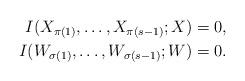
LaTeX: \begin{align*} I(X_{\pi(1)},\ldots,X_{\pi(s-1)};X) = 0,\\ I(W_{\sigma(1)},\ldots,W_{\sigma(s-1)};W) = 0.\end{align*}